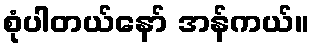
စုံပါတယ်နော် အန်ကယ်။